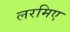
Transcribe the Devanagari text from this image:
लरमिए